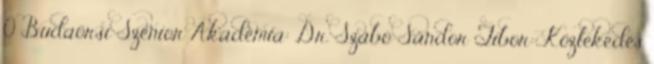
0 Budaörsi Szenior Akadémia: Dr. Szabó Sándor Tibor: Közlekedés